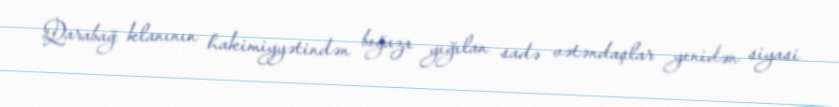
Qarabağ klanının hakimiyyətindən boğaza yığılan sadə vətəndaşlar yenidən siyasi